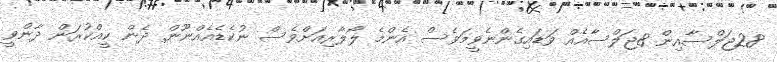
28ޖަލްސާއިން 8ޖަލްސާއެއް ވަޑައިގެންނެވީމަވެސް އެންމެ ލޯލާރިއަށްވެސް ނުކެޑެއެއްނޫން